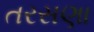
તરસણા